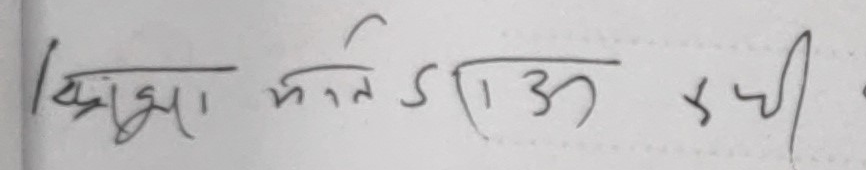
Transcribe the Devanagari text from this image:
बिझा भन्ने ड (१३) उ x यी